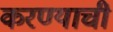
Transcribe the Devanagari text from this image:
करण्याची